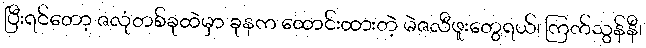
ပြီးရင်တော့ ဇလုံတစ်ခုထဲမှာ ခုနက ထောင်းထားတဲ့ မဲဇလီဖူးတွေရယ်၊ ကြက်သွန်နီ၊